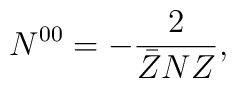
N^{00} = - \frac{2}{\bar Z N Z},